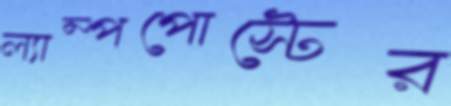
ল্যাম্পপোস্টের